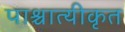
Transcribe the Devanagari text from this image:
पाश्चात्यीकृत